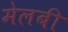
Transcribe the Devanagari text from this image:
मेलबी